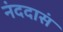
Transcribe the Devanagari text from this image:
नंददासं